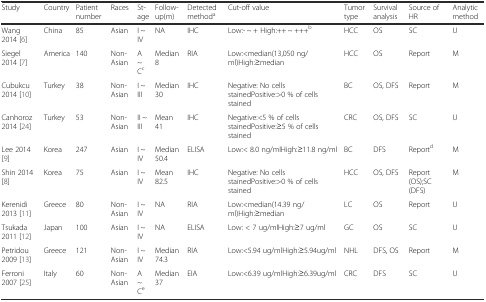
<table><thead><tr><td><b>Study</b></td><td><b>Country</b></td><td><b>Patient number</b></td><td><b>Races</b></td><td><b>St-age</b></td><td><b>Follow-up(m)</b></td><td><b>Detected method<sup>a</sup></b></td><td><b>Cut-off value</b></td><td><b>Tumor type</b></td><td><b>Survival analysis</b></td><td><b>Source of HR</b></td><td><b>Analytic method</b></td></tr></thead><tbody><tr><td>Wang 2014 [6]</td><td>China</td><td>85</td><td>Asian</td><td>I ~ IV</td><td>NA</td><td>IHC</td><td>Low:- ~ + High:++ ~ +++<sup>b</sup></td><td>HCC</td><td>OS</td><td>SC</td><td>U</td></tr><tr><td>Siegel 2014 [7]</td><td>America</td><td>140</td><td>Non- Asian</td><td>A ~ C<sup>c</sup></td><td>Median 8</td><td>RIA</td><td>Low:&lt;median(13,050 ng/ml)High:≥median</td><td>HCC</td><td>OS</td><td>Report</td><td>M</td></tr><tr><td>Cubukcu 2014 [10]</td><td>Turkey</td><td>38</td><td>Non- Asian</td><td>I ~ III</td><td>Median 30</td><td>IHC</td><td>Negative: No cells stainedPositive:&gt;0 % of cells stained</td><td>BC</td><td>OS, DFS</td><td>Report</td><td>M</td></tr><tr><td>Canhoroz 2014 [24]</td><td>Turkey</td><td>53</td><td>Non- Asian</td><td>II ~ III</td><td>Mean 41</td><td>IHC</td><td>Negative:&lt;5 % of cells stainedPositive:≥5 % of cells stained</td><td>CRC</td><td>OS, DFS</td><td>SC</td><td>U</td></tr><tr><td>Lee 2014 [9]</td><td>Korea</td><td>247</td><td>Asian</td><td>I ~ IV</td><td>Median 50.4</td><td>ELISA</td><td>Low:&lt; 8.0 ng/mlHigh:≥11.8 ng/ml</td><td>BC</td><td>DFS</td><td>Report<sup>d</sup></td><td>M</td></tr><tr><td>Shin 2014 [8]</td><td>Korea</td><td>75</td><td>Asian</td><td>I ~ IV</td><td>Mean 82.5</td><td>IHC</td><td>Negative: No cells stainedPositive:&gt;0 % of cells stained</td><td>HCC</td><td>OS, DFS</td><td>Report (OS);SC (DFS)</td><td>M</td></tr><tr><td>Kerenidi 2013 [11]</td><td>Greece</td><td>80</td><td>Non- Asian</td><td>I ~ IV</td><td>NA</td><td>RIA</td><td>Low:&lt;median(14.39 ng/ml)High:≥median</td><td>LC</td><td>OS</td><td>Report</td><td>U</td></tr><tr><td>Tsukada 2011 [12]</td><td>Japan</td><td>100</td><td>Asian</td><td>I ~ IV</td><td>NA</td><td>ELISA</td><td>Low: &lt; 7 ug/mlHigh:≥7 ug/ml</td><td>GC</td><td>OS</td><td>SC</td><td>U</td></tr><tr><td>Petridou 2009 [13]</td><td>Greece</td><td>121</td><td>Non- Asian</td><td>I ~ IV</td><td>Median 74.3</td><td>RIA</td><td>Low:&lt;5.94 ug/mlHigh:≥5.94ug/ml</td><td>NHL</td><td>DFS, OS</td><td>Report</td><td>M</td></tr><tr><td>Ferroni 2007 [25]</td><td>Italy</td><td>60</td><td>Non- Asian</td><td>A ~ C<sup>e</sup></td><td>Median 37</td><td>EIA</td><td>Low:&lt;6.39 ug/mlHigh:≥6.39ug/ml</td><td>CRC</td><td>DFS</td><td>SC</td><td>U</td></tr></tbody></table>